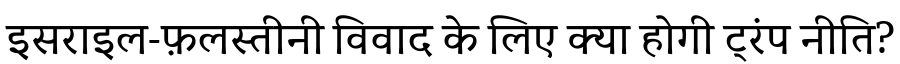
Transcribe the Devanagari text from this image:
इसराइल-फ़लस्तीनी विवाद के लिए क्या होगी ट्रंप नीति?